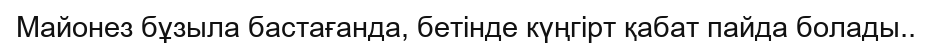
Майонез бұзыла бастағанда, бетінде күңгірт қабат пайда болады..